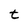
Character: t